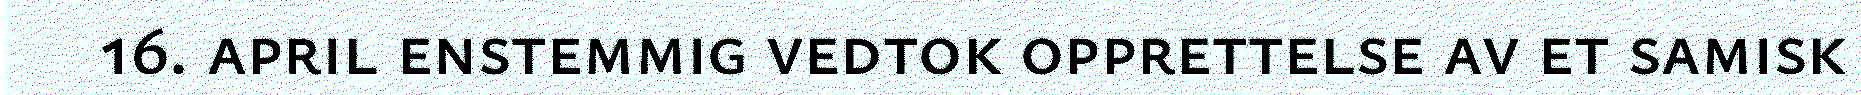
16. april enstemmig vedtok opprettelse av et samisk